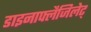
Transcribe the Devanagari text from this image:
डाइनाफ्लैजिलेट्